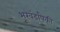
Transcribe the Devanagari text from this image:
भूखंडांपैकी